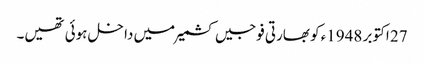
27 اکتوبر 1948ء کو بھارتی فوجیں کشمیر میں داخل ہوئی تھیں۔